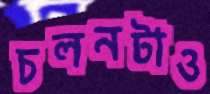
চলনটাও